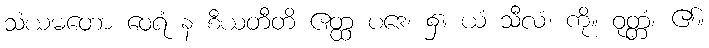
သံယမတော ဝေရံ န စီယတီတိ ဧတ္ထ ပဒေ၊ ၌။ ယံ သီလံ၊ ကို။ ဝုတ္တံ၊ ၏။